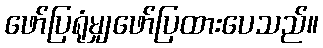
ဖော်ပြရုံမျှဖော်ပြထားပေသည်။